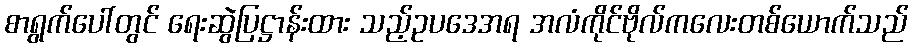
စာရွက်ပေါ်တွင် ရေးဆွဲပြဋ္ဌာန်းထား သည့်ဥပဒေအရ အလံကိုင်ဗိုလ်ကလေးတစ်ယောက်သည်